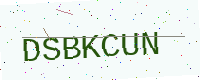
Text: DSBKCUN